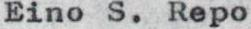
Eino S. Repo